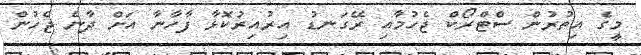
މީގެ އިތުރުން ސްޓްރޯކް ޖެހުމާއި ރޭގަނޑު އިރުއިރުކޮޅާ ފާހާނާ އަށް ދާނެ ޖެހުން